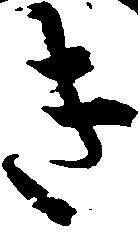
き